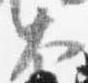
大